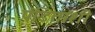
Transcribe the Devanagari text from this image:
पंडितांशी